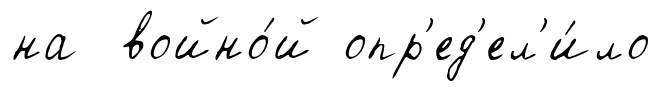
на войно́й опр'ед'ел'и́ло